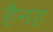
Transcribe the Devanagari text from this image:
हैनह